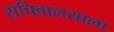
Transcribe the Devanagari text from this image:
सचिवालयाला